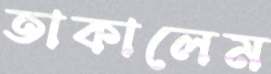
তাকালেম